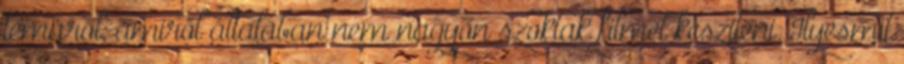
témáról, amiről általában nem nagyon szoktak filmet készíteni. Ilyesmit